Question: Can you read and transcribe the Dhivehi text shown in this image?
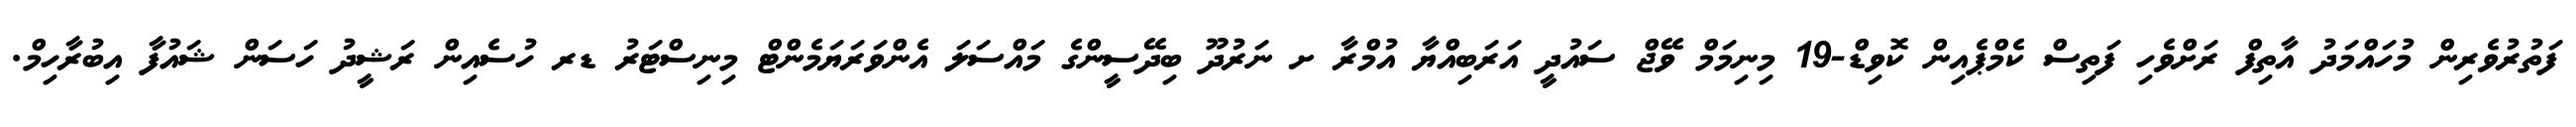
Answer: ފަތުރުވެރިން މުހައްމަދު އާތިފް ރަށްވެހި ފަތިސް ކެމްޕެއިން ކޮވިޑް-19 މިނިމަމް ވޭޖް ސައުދީ އަރަބިއްޔާ އުމްރާ ށ ނަރުދޫ ބިދޭސީންގެ މައްސަލަ އެންވަރަޔަމެންޓް މިނިސްޓަރު ޑރ ހުސެއިން ރަޝީދު ހަސަން ޝައުފާ އިބުރާހިމް.